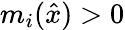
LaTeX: m_{i}({\hat{x}})>0